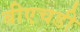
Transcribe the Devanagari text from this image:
बीएचडी